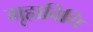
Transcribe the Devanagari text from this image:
गृह्यविधि